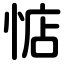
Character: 惦